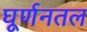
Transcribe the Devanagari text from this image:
घूर्णनतल